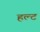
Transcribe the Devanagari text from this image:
हल्ट